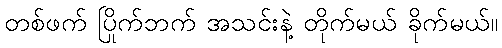
တစ်ဖက် ပြိုက်ဘက် အသင်းနဲ့ တိုက်မယ် ခိုက်မယ်။